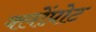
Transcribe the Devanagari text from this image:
क्लोंप्रोट